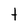
Character: t